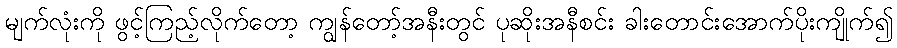
မျက်လုံးကို ဖွင့်ကြည့်လိုက်တော့ ကျွန်တော့်အနီးတွင် ပုဆိုးအနီစင်း ခါးတောင်းအောက်ပိုးကျိုက်၍